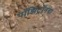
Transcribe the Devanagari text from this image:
पॉझिट्रॉनचा